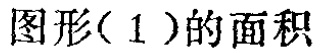
图形(1)的面积